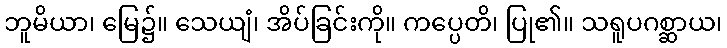
ဘူမိယာ၊ မြေ၌။ သေယျံ၊ အိပ်ခြင်းကို။ ကပ္ပေတိ၊ ပြု၏။ သရူပဂစ္ဆာယ၊